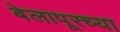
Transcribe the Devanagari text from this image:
बेलापूरच्या